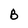
Character: B